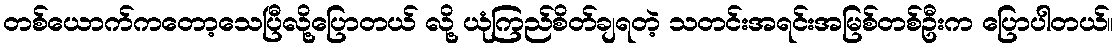
တစ်ယောက်ကတော့သေပြီလို့ပြောတယ် လို့ ယုံကြည်စိတ်ချရတဲ့ သတင်းအရင်းအမြစ်တစ်ဦးက ပြောပါတယ်။